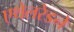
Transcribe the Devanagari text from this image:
एथेलरेडने